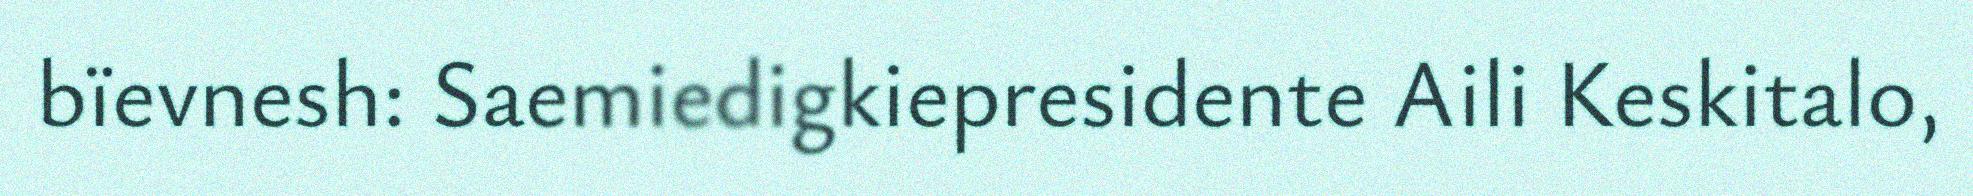
bïevnesh: Saemiedigkiepresidente Aili Keskitalo,